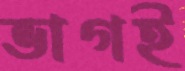
ভাগই